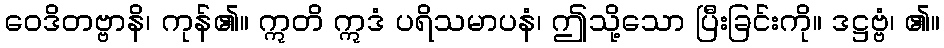
ဝေဒိတဗ္ဗာနိ၊ ကုန်၏။ ဣတိ ဣဒံ ပရိသမာပနံ၊ ဤသို့သော ပြီးခြင်းကို။ ဒဋ္ဌဗ္ဗံ၊ ၏။